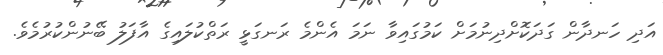
އަދި ހަނދާން ގަދަކޮށްދިނުމަށް ކަމުގައިވާ ނަމަ އެންމެ ރަނގަޅީ ރަތްކުލައިގެ އާފަލު ބޭނުންކުރުމެވެ.